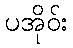
ပအိုဝ်း